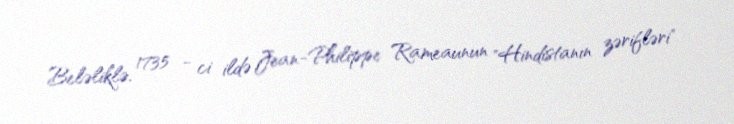
Beləliklə, 1735 - ci ildə Jean-Philippe Rameaunun "Hindistanın zərifləri"